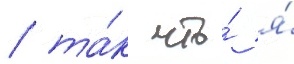
/ та́к что́ я́